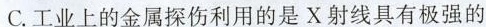
C.工业上的金属探伤利用的是X射线具有极强的